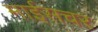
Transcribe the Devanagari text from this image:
माईसचर